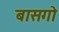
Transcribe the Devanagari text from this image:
बासगो